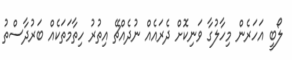
ލޯބީ އަހަރެން މިހާލުގާ ވަނިކޮށް ދެރައެއް ނުދެއްޗޭ އިތުރު ހިތާމަތަކެއް ބަރުދާސްތު